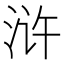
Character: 浒